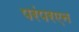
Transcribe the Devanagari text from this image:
परंपरएन